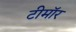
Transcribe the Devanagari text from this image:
टीमॉर